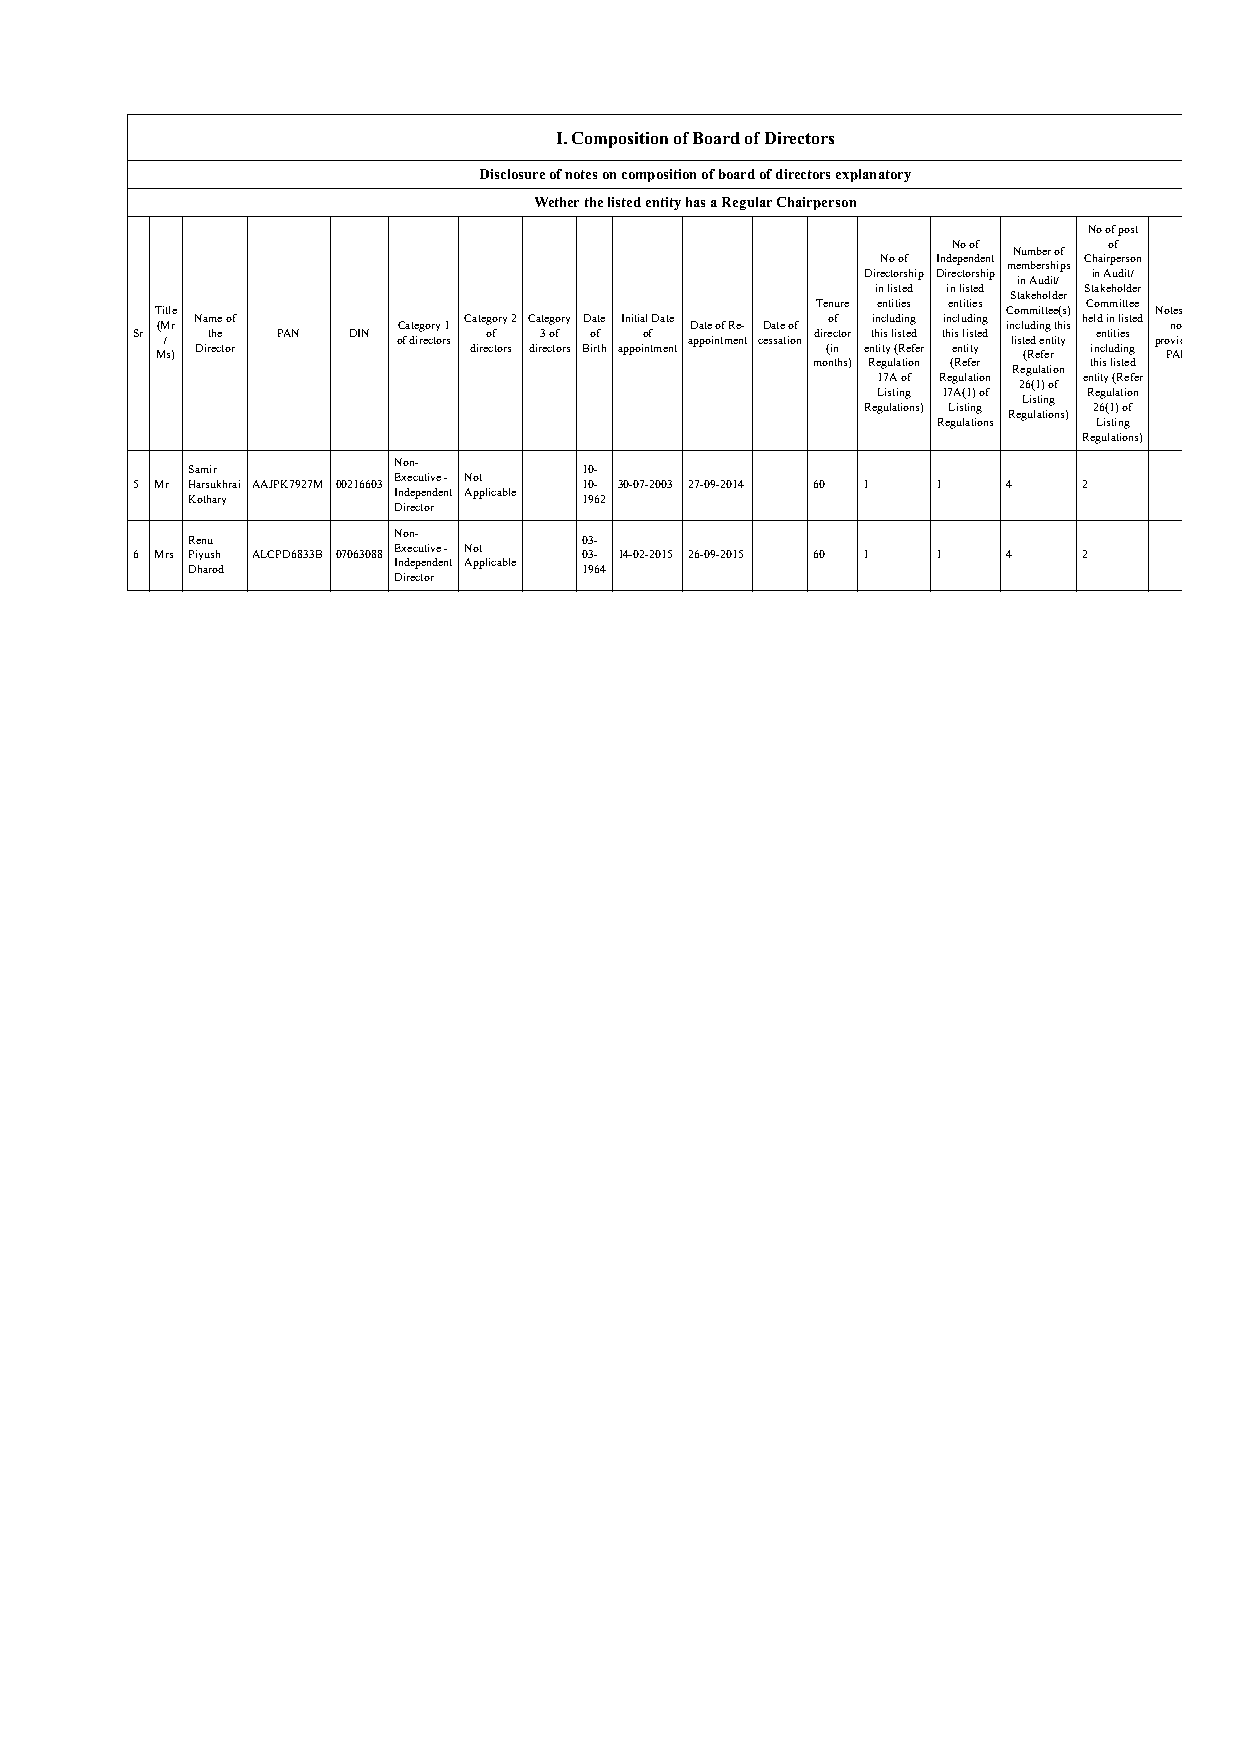
I. Composition of Board of Directors
 Disclosure of notes on composition of board of directors explanatory
 Wether the listed entity has a Regular Chairperson
 No of post
 No of     of
 Number of
 No of Independent Chairperson
 memberships
 Directorship Directorship in Audit/
 in Audit/
 in listed in listed Stakeholder
 Stakeholder
 Tenure entities entities Committee
 Title                                                    Committee(s) Notes
 Name of           Category 2 Category Date Initial Date of including including held in listed
 (Mr             Category 1          Date of Re- Date of  including this no
 Sr   the PAN  DIN      of  3 of of of        director this listed this listed entities
 /              of directors        appointment cessation listed entity provid
 Director          directors directors Birth appointment (in entity (Refer entity including
 Ms)                                                       (Refer   PAN
 months) Regulation (Refer this listed
 Regulation
 17A of Regulation entity (Refer
 26(1) of
 Listing 17A(1) of Regulation
 Listing
 Regulations) Listing 26(1) of
 Regulations)
 Regulations Listing
 Regulations)
 Non-
 Samir                      10-
 Executive - Not
 5 Mr Harsukhrai AAJPK7927M 00216603 10- 30-07-2003 27-09-2014 60 1 1 4 2
 Independent Applicable
 Kothary                    1962
 Director
 Non-
 Renu                       03-
 Executive - Not
 6 Mrs Piyush ALCPD6833B 07063088 03- 14-02-2015 26-09-2015 60 1 1 4 2
 Independent Applicable
 Dharod                     1964
 Director